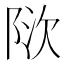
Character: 𬯃